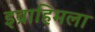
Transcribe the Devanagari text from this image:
इब्राहिमला